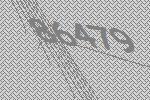
86479